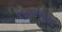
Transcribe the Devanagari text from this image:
१९८९सालचा